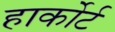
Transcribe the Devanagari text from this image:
हार्कोर्ट